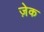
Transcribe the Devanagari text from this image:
ज़ेक